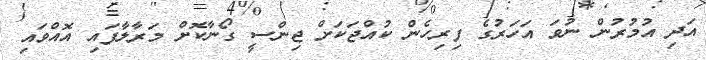
އަދި އުމުރުން ނުވަ އަހަރުގެ ފިރިހެން ކުއްޖަކަށް ޖިންސީ ގޯނާކޮށް މަރާލާފައި އޮއްވައި